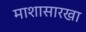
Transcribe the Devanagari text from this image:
माशासारखा